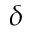
\delta